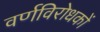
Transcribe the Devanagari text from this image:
वर्णविरोधकों